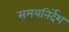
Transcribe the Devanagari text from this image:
समयनिर्देश